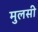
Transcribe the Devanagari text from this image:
मुलसी